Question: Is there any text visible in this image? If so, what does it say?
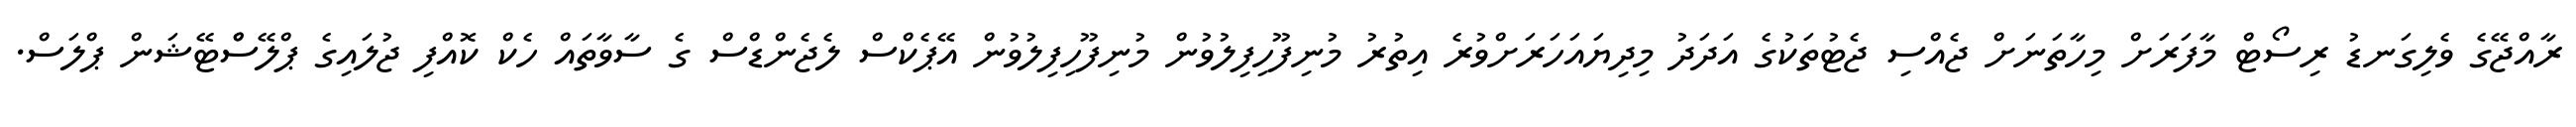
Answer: ރާއްޖޭގެ ވެލިގަނޑު ރިސޯޓް މާފަރަށް މިހާތަނަށް ޖެއްސި ޖެޓުތަކުގެ އަދަދު މިދިޔައަހަރަށްވުރެ އިތުރު މުނިފޫހިފިލުވުން މުނިފޫހިފިލުވުން އޭޕެކްސް ލެޖެންޑްސް ގެ ސާވާތައް ހެކް ކޮއްފި ޖުލައިގެ ޕްލޭސްްޓޭޝަން ޕްލަސް.